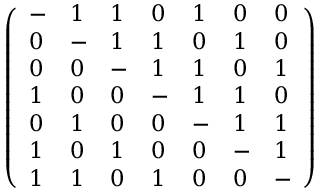
{ \left( \begin{array} { l l l l l l l } { - } & { 1 } & { 1 } & { 0 } & { 1 } & { 0 } & { 0 } \\ { 0 } & { - } & { 1 } & { 1 } & { 0 } & { 1 } & { 0 } \\ { 0 } & { 0 } & { - } & { 1 } & { 1 } & { 0 } & { 1 } \\ { 1 } & { 0 } & { 0 } & { - } & { 1 } & { 1 } & { 0 } \\ { 0 } & { 1 } & { 0 } & { 0 } & { - } & { 1 } & { 1 } \\ { 1 } & { 0 } & { 1 } & { 0 } & { 0 } & { - } & { 1 } \\ { 1 } & { 1 } & { 0 } & { 1 } & { 0 } & { 0 } & { - } \end{array} \right) }